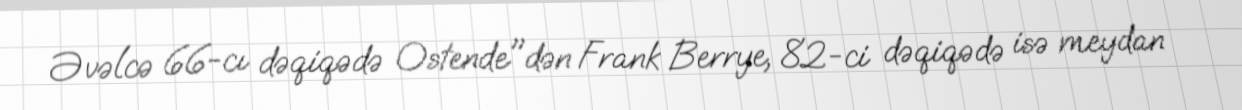
Əvəlcə 66-cı dəqiqədə Ostende"dən Frank Berrye, 82-ci dəqiqədə isə meydan